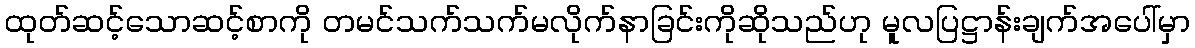
ထုတ်ဆင့်သောဆင့်စာကို တမင်သက်သက်မလိုက်နာခြင်းကိုဆိုသည်ဟု မူလပြဋ္ဌာန်းချက်အပေါ်မှာ